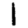
Digit: 1